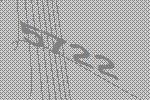
5722